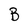
Character: B